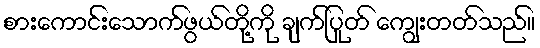
စားကောင်းသောက်ဖွယ်တို့ကို ချက်ပြုတ် ကျွေးတတ်သည်။